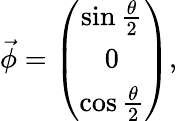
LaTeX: \vec{\phi}=\left(\begin{array}{c}{{\sin\frac{\theta}{2}}}\\ {{0}}\\ {{\cos\frac{\theta}{2}}}\end{array}\right),